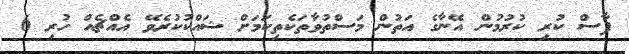
ފާސް ކުރި ކުރުމުން އޭނާގެ އަތުން މަސްތުވާތަކެތިކަމަށް ޝައްކުކުރެވޭ އެއްޗެއް ހުރި 6